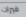
فيرات